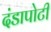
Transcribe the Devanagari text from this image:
दंडापोटी